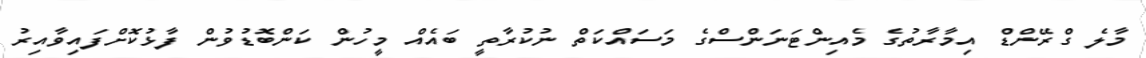
މާލެ ގްރޭންޑް އިމާރާތުގެ މެއިންޓަނަންސްގެ މަސައްކަތް ނުކުރާތީ ބައެއް މީހުން ކަންބޮޑުވުން ފާޅުކޮށްފައިވާއިރު